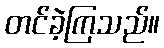
တင်ခဲ့ကြသည်။